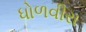
ધોળવીરા